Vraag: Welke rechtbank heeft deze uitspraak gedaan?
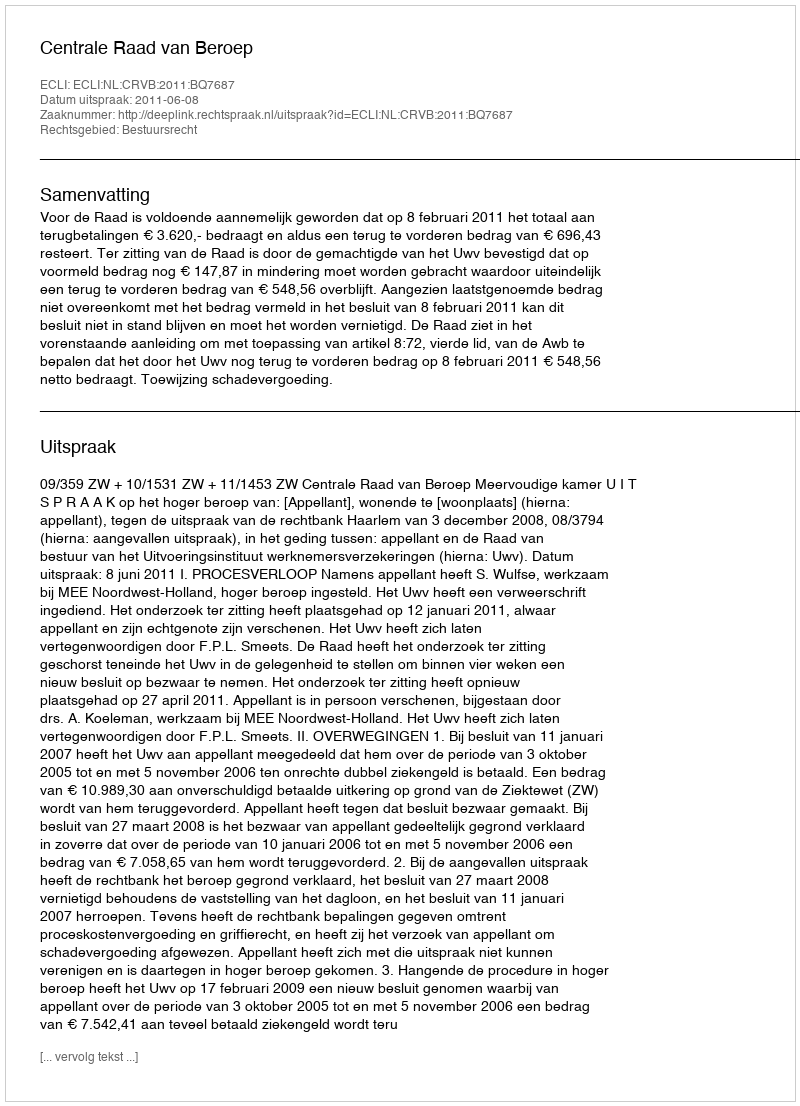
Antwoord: Centrale Raad van Beroep